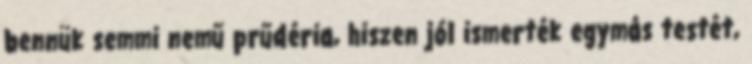
bennük semmi nemű prűdéria, hiszen jól ismerték egymás testét,